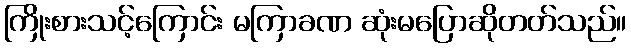
ကြိုးစားသင့်ကြောင်း မကြာခဏ ဆုံးမပြောဆိုတတ်သည်။